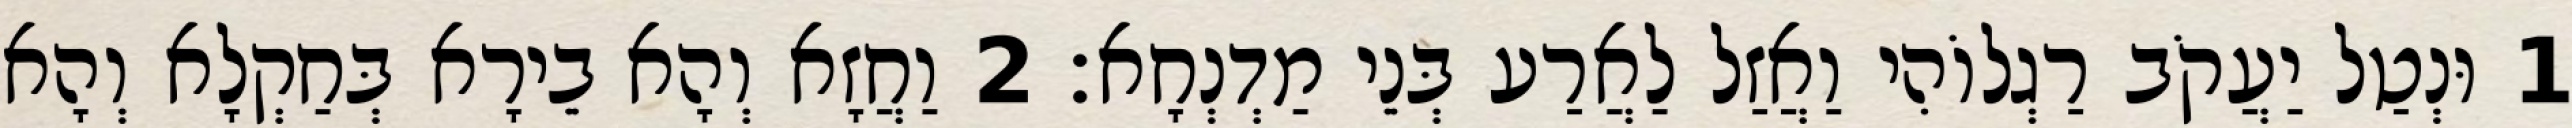
1 וּנְטַל יַעֲקֹב רַגְלוֹהִי וַאֲזַל לַאֲרַע בְּנֵי מַדְנְחָא׃ 2 וַחֲזָא וְהָא בֵירָא בְּחַקְלָא וְהָא